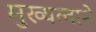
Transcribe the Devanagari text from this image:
मुख्यत्वाने